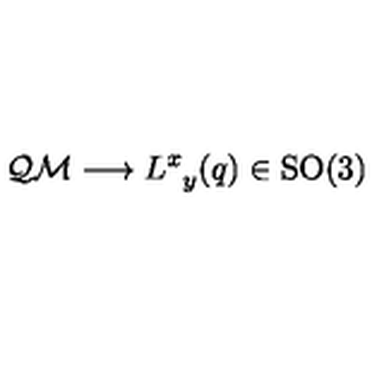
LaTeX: \mathcal { Q M } \longrightarrow L _ { \phantom { x } y } ^ { x } ( q ) \in \mathrm { S O ( 3 ) }